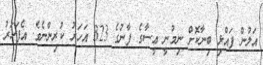
އަލުން ފައްޅި ބިނާކޮށް ނިމުނީ ޢީސާގެ ފާނުގެ 323 އަހަރު ކުރިންނެވެ. އެފަހަރު